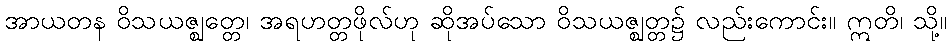
အာယတန ဝိသယဇ္ဈတ္တေ၊ အရဟတ္တဖိုလ်ဟု ဆိုအပ်သော ဝိသယဇ္ဈတ္တ၌ လည်းကောင်း။ ဣတိ၊ သို့။